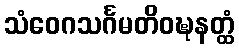
သံဝေဂသင်္ဂမတိဝဍ္ဎနတ္ထံ